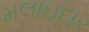
મલાઇદાર